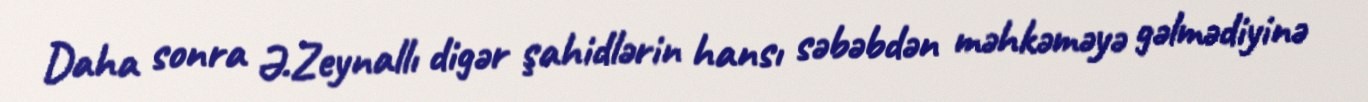
Daha sonra Ə.Zeynallı digər şahidlərin hansı səbəbdən məhkəməyə gəlmədiyinə